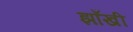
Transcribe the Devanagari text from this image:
झाँखी